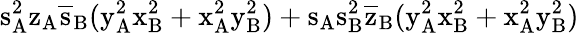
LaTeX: \mathrm{s_{A}^{2}\mathrm{z_{A}\mathrm{\overline{{s}}_{B}(\mathrm{y_{A}^{2}\mathrm{x_{B}^{2}+\mathrm{x_{A}^{2}\mathrm{y_{B}^{2})+\mathrm{s_{A}\mathrm{s_{B}^{2}\mathrm{\overline{{z}}_{B}(\mathrm{y_{A}^{2}\mathrm{x_{B}^{2}+\mathrm{x_{A}^{2}\mathrm{y_{B}^{2})}}}}}}}}}}}}}}